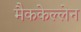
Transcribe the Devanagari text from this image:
मैककेल्लेन